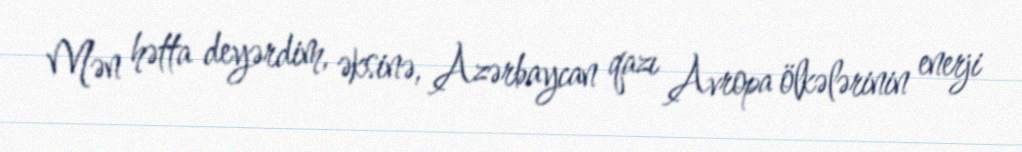
Mən hətta deyərdim, əksinə, Azərbaycan qazı Avropa ölkələrinin enerji